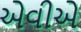
એવીએ